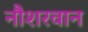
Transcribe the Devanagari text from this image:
नौशरवान